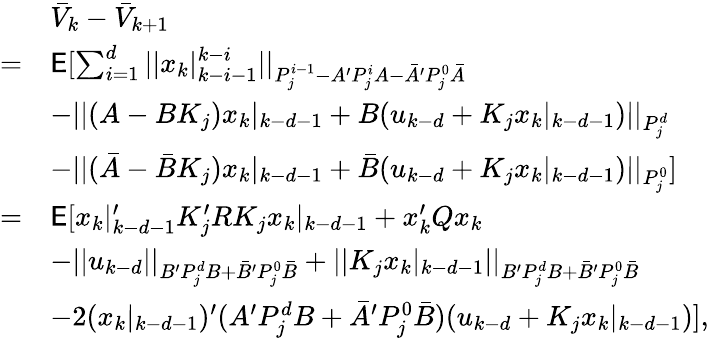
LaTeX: \begin{array}{rl}&{\bar{V}_{k}-\bar{V}_{k+1}}\\ {=}&{{\mathsf E}[\sum_{i=1}^{d}||x_{k}|_{k-i-1}^{k-i}||_{P_{j}^{i-1}-A^{\prime}P_{j}^{i}A-\bar{A}^{\prime}P_{j}^{0}\bar{A}}}\\ &{-||(A-BK_{j})x_{k}|_{k-d-1}+B(u_{k-d}+K_{j}x_{k}|_{k-d-1})||_{P_{j}^{d}}}\\ &{-||(\bar{A}-\bar{B}K_{j})x_{k}|_{k-d-1}+\bar{B}(u_{k-d}+K_{j}x_{k}|_{k-d-1})||_{P_{j}^{0}}]}\\ {=}&{{\mathsf E}[x_{k}|_{k-d-1}^{\prime}K_{j}^{\prime}RK_{j}x_{k}|_{k-d-1}+x_{k}^{\prime}Qx_{k}}\\ &{-||u_{k-d}||_{B^{\prime}P_{j}^{d}B+\bar{B}^{\prime}P_{j}^{0}\bar{B}}+||K_{j}x_{k}|_{k-d-1}||_{B^{\prime}P_{j}^{d}B+\bar{B}^{\prime}P_{j}^{0}\bar{B}}}\\ &{-2(x_{k}|_{k-d-1})^{\prime}(A^{\prime}P_{j}^{d}B+\bar{A}^{\prime}P_{j}^{0}\bar{B})(u_{k-d}+K_{j}x_{k}|_{k-d-1})],}\end{array}